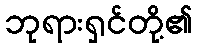
ဘုရားရှင်တို့၏